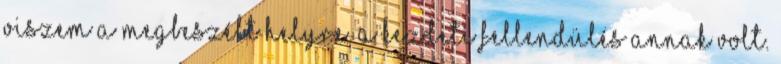
viszem a megbeszélt helyre. A kezdeti fellendülés annak volt.